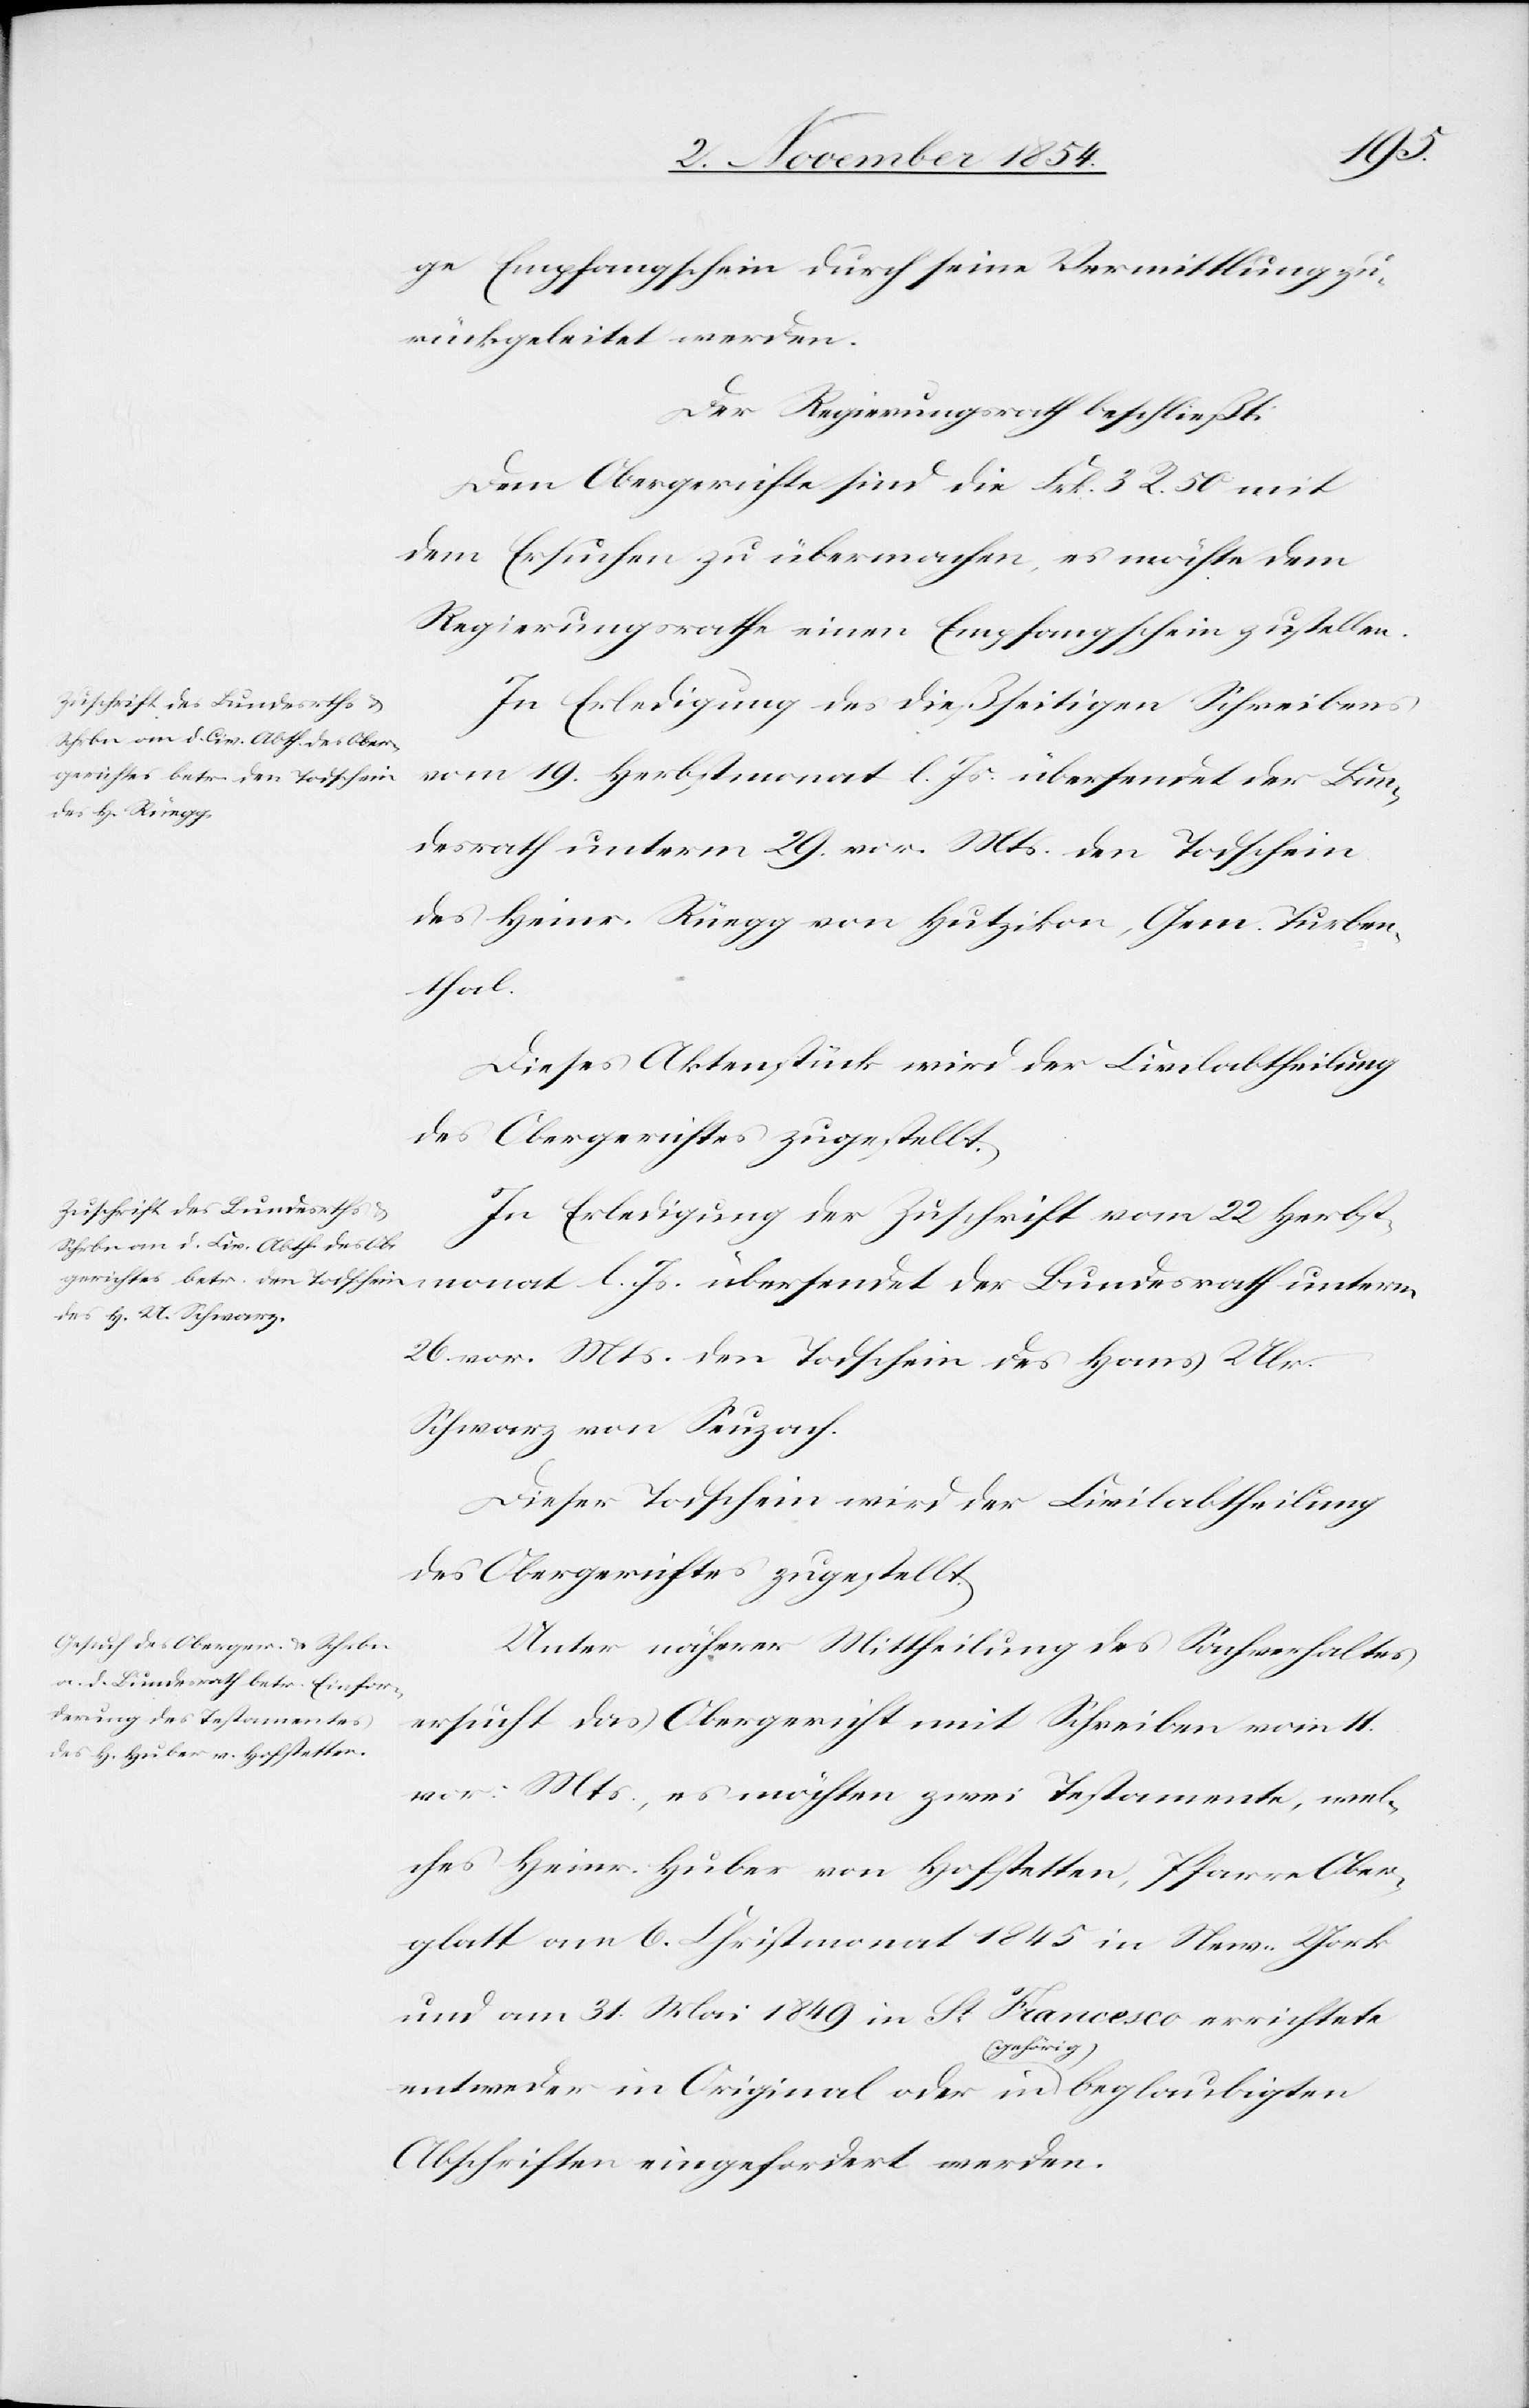
der
ge Empfangschein durch seine Vermittlung zu¬
rückgeleitet werden.
Der Regierungsrath beschließt:
Dem Obergerichte sind die Frk. 3 R. 50 mit
dem Ersuchen zu übermachen, es möchte dem
Regierungsrathe einen Empfangschein zustellen.
In Erledigung des dießseitigen Schreibens
vom 19. Herbstmonat l. Js. übersendet der Bun¬
desrath unterm 29. vor. Mts. den Todschein
des Heinr. Rüegg von Hutzikon, Gem. Turben¬
thal.
Dieses Aktenstück wird der Civilabtheilung
l.
In Erledigung der Zuschrift vom 22 Herbst¬
26. vor. Mts. den Todschein des Hans Ulr.
Schwarz von Seuzach.
Dieser Todschein wird der Civilabtheilung
des Obergerichtes zugestellt.
Unter näherer Mittheilung des Sachverhaltes
ersucht das Obergericht mit Schreiben vom 11.
vor. Mts., es möchten zwei Testamente, wel¬
ches Heinr. Huber von Hofstetten, Pfarre Ober¬
glatt am 6. Christmonat 1845 in New-York
und am 31. Mai 1849 in St. Francesco errichtete
entweder in Original oder in a-gehörig-a beglaubigter
Abschrift eingefordert werden.